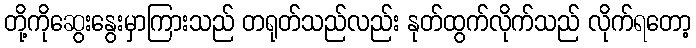
တို့ကိုဆွေးနွေးမှာကြားသည် တရုတ်သည်လည်း နုတ်ထွက်လိုက်သည် လိုက်ရတော့